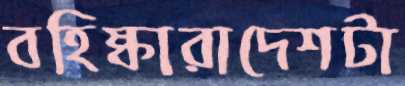
বহিষ্কারাদেশটা